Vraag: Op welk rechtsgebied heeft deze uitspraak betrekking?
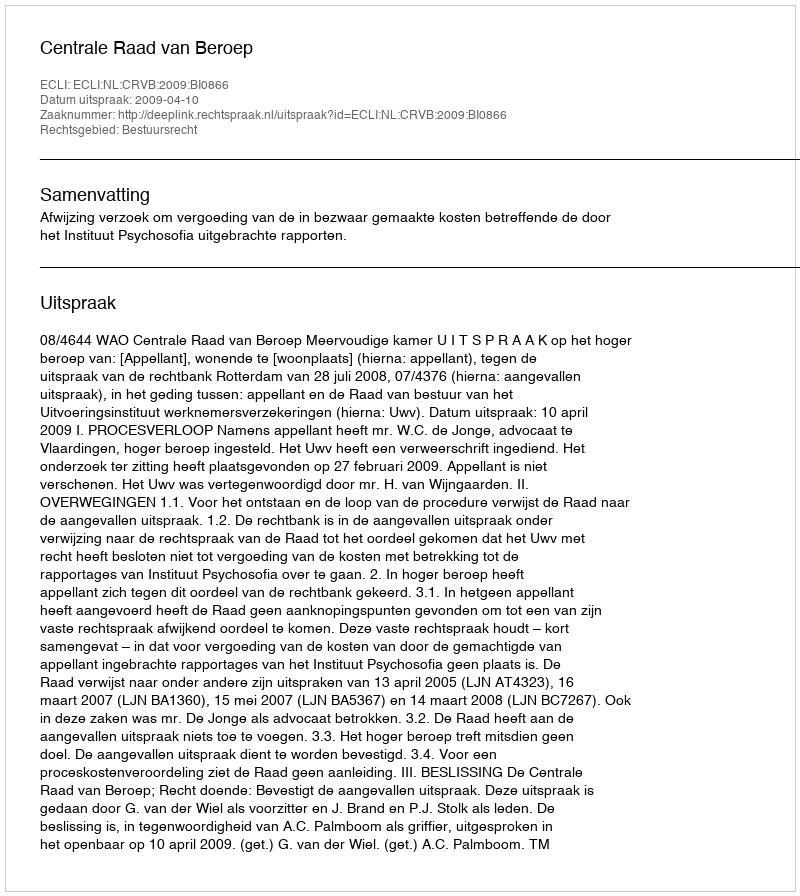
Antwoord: Bestuursrecht